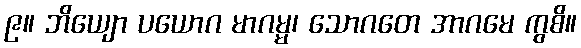
၉။ ဘိယျော ပယောဂ မာဂမ္မ၊ သောဂတေ အာဂမေ ကွစိ။